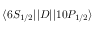
\ensuremath { \langle 6 S _ { 1 / 2 } | | } D \ensuremath { | | 1 0 P _ { 1 / 2 } \rangle }